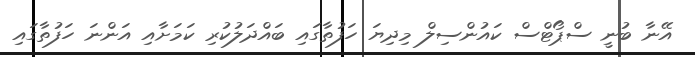
އޭނާ ބުނީ ސްޕޯޓްސް ކައުންސިލް މިދިޔަ ހަފުތާގައި ބައްދަލުކުރި ކަމަށާއި އަންނަ ހަފުތާގައި